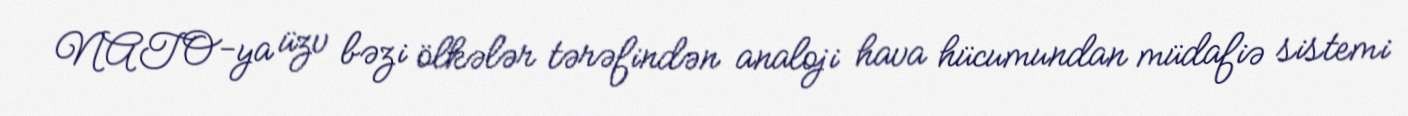
NATO-ya üzv bəzi ölkələr tərəfindən analoji hava hücumundan müdafiə sistemi